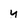
Character: Y